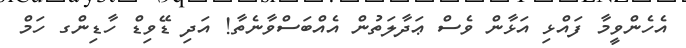
އެހެންވީމާ ފައްޅި އަޅާން ވެސް ޢަދާލަތުން އެއްބަސްވާނެތާ! އަދި ޑޭވިޑް ހާޑިންގ ހަމް